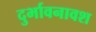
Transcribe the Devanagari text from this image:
दुर्भावनावश